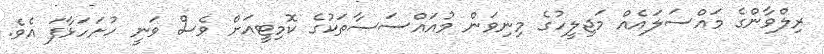
ރިލްވާންގެ މައްސަލައެއް މަޖިލީހުގެ މިނިވަން މުއައްސަސާތަކުގެ ކޮމިޓީއަށް ވެސް ވަނީ ހުށަހަޅާފަ އެވެ.